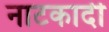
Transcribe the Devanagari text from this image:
नाटकादी